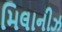
મિલાનીઝ